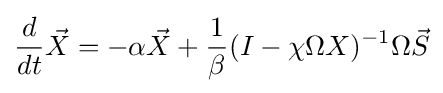
{\frac {d}{dt}}{\vec {X}}=-\alpha {\vec {X}}+{\frac {1}{\beta }}(I-\chi \Omega X)^{-1}\Omega {\vec {S}}